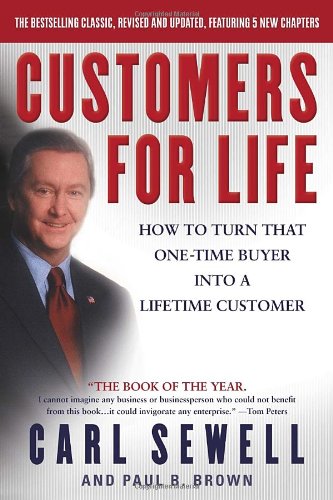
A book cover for Customers for Life: How to Turn That One-Time Buyer Into a Lifetime Customer; Carl Sewell; Business & Money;